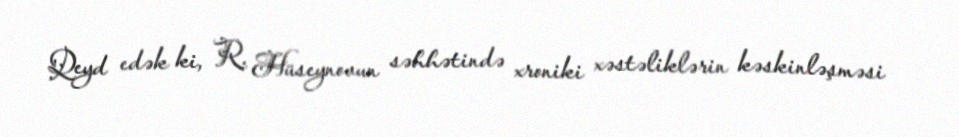
Qeyd edək ki, R. Hüseynovun səhhətində xroniki xəstəliklərin kəskinləşməsi